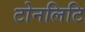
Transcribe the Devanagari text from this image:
टोनलिटि